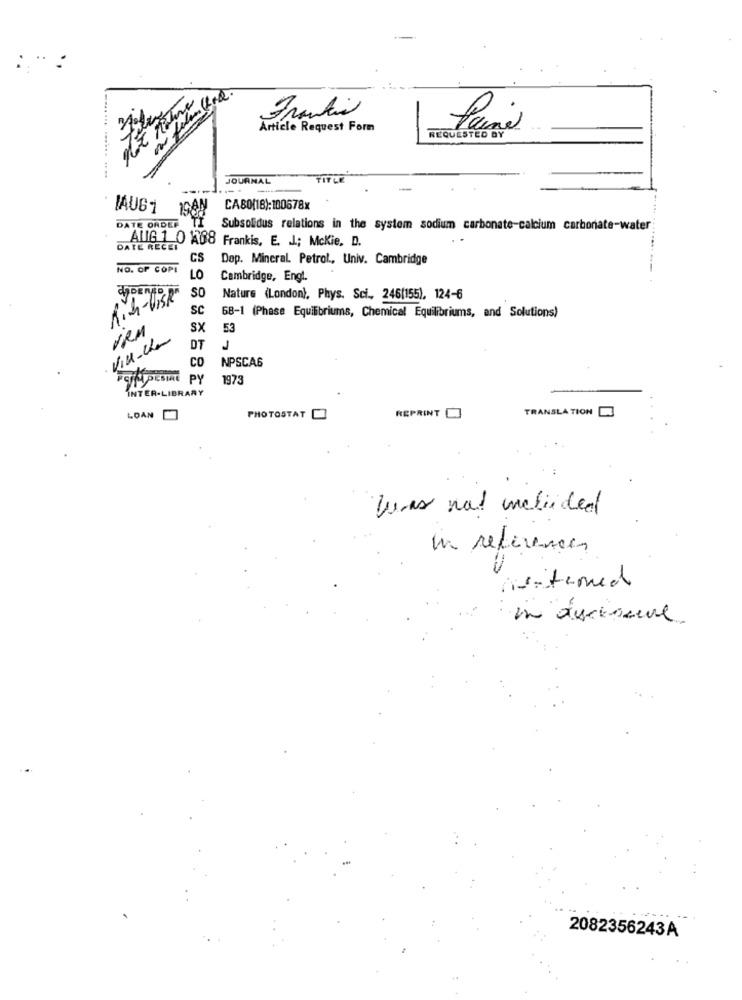
Frankie
Article Request Form
REQUESTED BY
JOURNAL
-
IAUG1
ISAN
CA80(18):100678x
DATE ORDER
Subsolidus relations in the system sodium carbonate-calcium car
AUG 1 0 A68 Frankis, E. J .; Mckie. D.
DATE RECEI
.....
CS
Dop. Mineral. Petrol ., Univ. Cambridge
NO. OF COPI
LO
Cambridge, Engl.
SO
Min-VISR
Nature (London), Phys. Sci ., 246(155), 124-6
Sc
68-1 (Phase Equilibriums, Chemical Equilibriums, and Solutions)
VRM
SX
53
Via-che
DT
J
CO
NPSCA6
PY
1973
INTER-LIBRARY
TRANSLATION
LOAN
PHOTOSTATO
REPRINT
Was not mebinded
in reference
in duckssure.
2082356243A